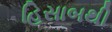
હિસાબથી